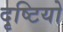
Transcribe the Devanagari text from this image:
दृष्टियो